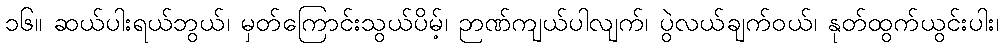
၁၆။ ဆယ်ပါးရယ်ဘွယ်၊ မှတ်ကြောင်းသွယ်ပိမ့်၊ ဉာဏ်ကျယ်ပါလျက်၊ ပွဲလယ်ချက်ဝယ်၊ နုတ်ထွက်ယွင်းပါး၊